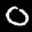
Label: 0